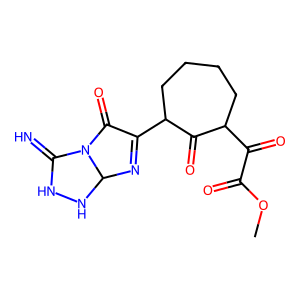
SMILES: COC(=O)C(=O)C1CCCCC(C2=NC3NNC(=N)N3C2=O)C1=O
Inhibits HIV replication: No